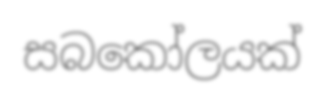
සබකෝලයක්